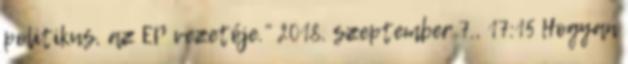
politikus, az EP vezetője.” 2018. szeptember 7., 17:15 ‎Hogyan